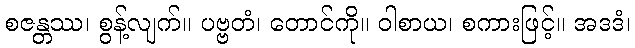
စဇန္တဿ၊ စွန့်လျက်။ ပဗ္ဗတံ၊ တောင်ကို။ ဝါစာယ၊ စကားဖြင့်။ အဒဒံ၊